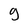
Character: g